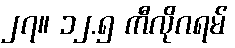
၂၇။ ၁၂.၅ ကီလိုဂရမ်